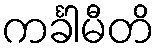
ကင်္ခါမီတိ